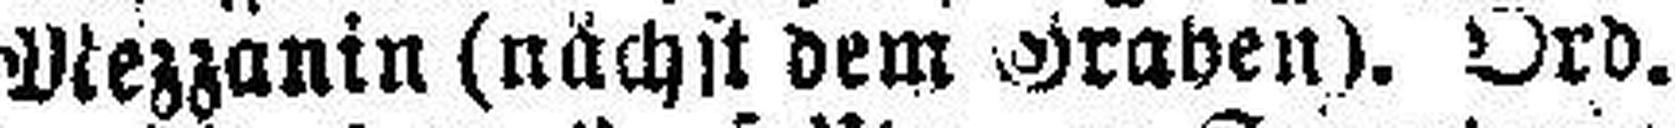
Mezzanin (nächst dem Graben). Ord.